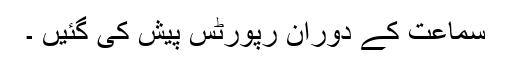
سماعت کے دوران رپورٹس پیش کی گئیں ۔